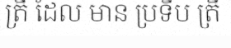
ត្រី ដែល មាន ប្រទីប ត្រី